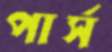
পার্স